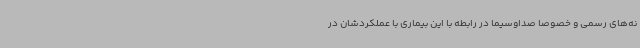
نه‌های رسمی و خصوصا صداوسیما در رابطه با این بیماری با عملکردشان در